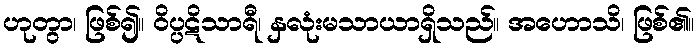
ဟုတွာ၊ ဖြစ်၍။ ဝိပ္ပဋိသာရီ၊ နှလုံးမသာယာရှိသည်။ အဟောသိ၊ ဖြစ်၏။